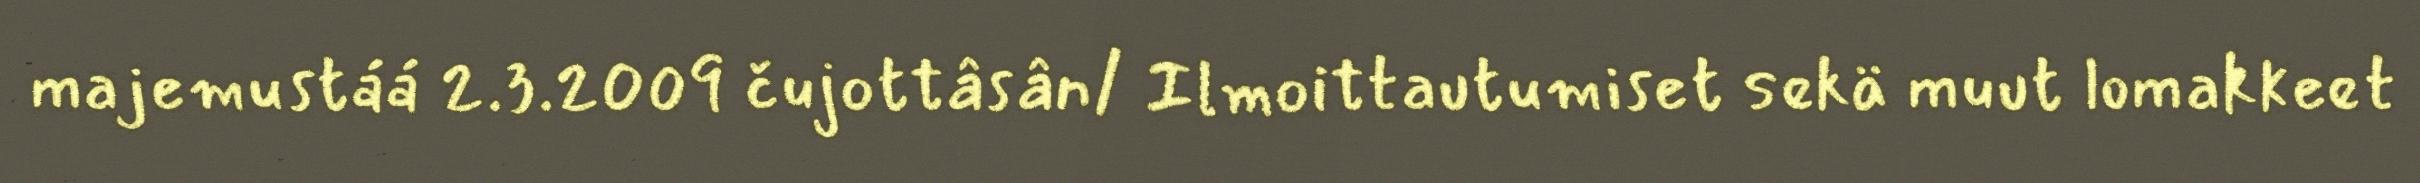
majemustáá 2.3.2009 čujottâsân/ Ilmoittautumiset sekä muut lomakkeet